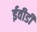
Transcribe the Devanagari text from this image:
ईवीडी